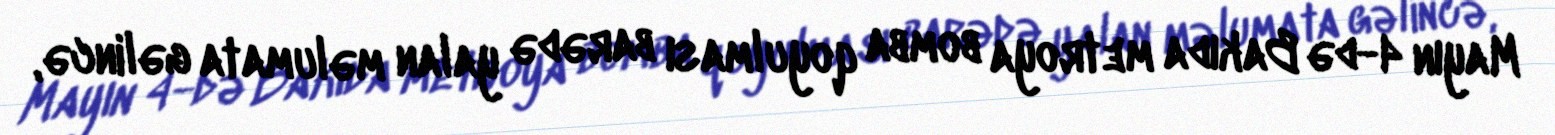
Mayın 4-də Bakıda metroya bomba qoyulması barədə yalan məlumata gəlincə,